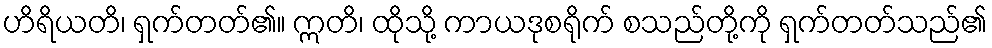
ဟိရိယတိ၊ ရှက်တတ်၏။ ဣတိ၊ ထိုသို့ ကာယဒုစရိုက် စသည်တို့ကို ရှက်တတ်သည်၏